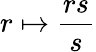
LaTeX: r\mapsto{\frac{rs}{s}}